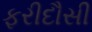
ફરીદૌસી